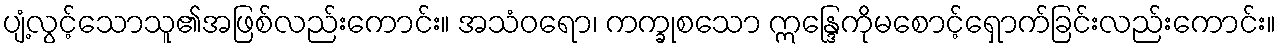
ပျံ့လွင့်သောသူ၏အဖြစ်လည်းကောင်း။ အသံဝရော၊ ကက္ခုစသော ဣန္ဒြေကိုမစောင့်ရှောက်ခြင်းလည်းကောင်း။